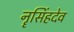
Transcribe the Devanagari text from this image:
नॄसिंहदेव